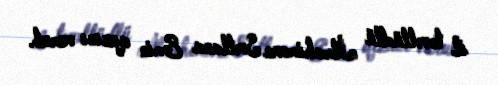
il təvəllüdlü İbrahimova Svetlana Emin qızını vurub.